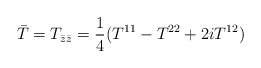
\begin{align*}\bar{T}=T_{\bar{z}\bar{z}}=\frac{1}{4}(T^{11}-T^{22}+2iT^{12})\end{align*}